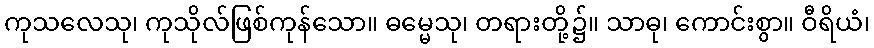
ကုသလေသု၊ ကုသိုလ်ဖြစ်ကုန်သော။ ဓမ္မေသု၊ တရားတို့၌။ သာဓု၊ ကောင်းစွာ။ ဝီရိယံ၊